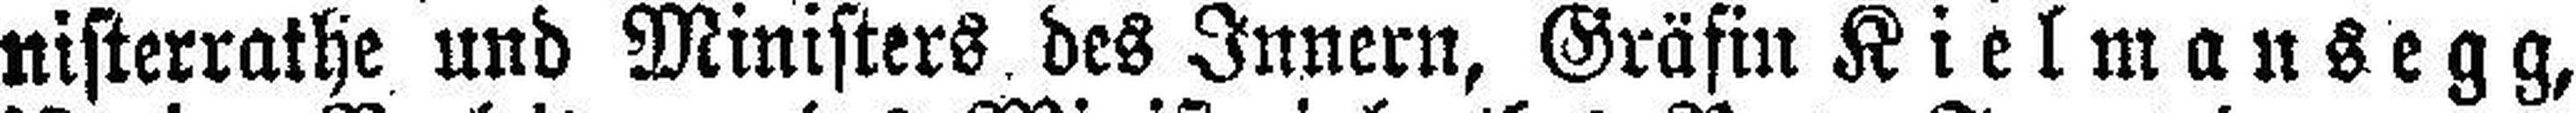
nisterrathe und Ministers des Innern, Gräfin Kielmansegg,